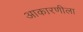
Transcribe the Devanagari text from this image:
आकारणीला